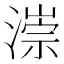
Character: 漴